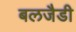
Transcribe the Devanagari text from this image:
बलजैडी